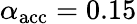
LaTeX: \alpha_{\mathrm{acc}}=0.15